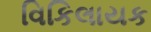
વિકિલાયક